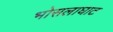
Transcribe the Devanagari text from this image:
भोसलाघाट